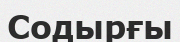
Содырғы